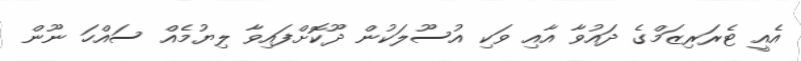
އެއީ ޓެރަރިޒަމްގެ ދައުވާ އާއި ވަކި އުސޫލަކުން ދޫކޮށްފައިވާ ލިޔުމެއް ސައްހަ ނޫން